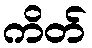
ကိတ်